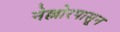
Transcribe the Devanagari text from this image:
नेल्लोरपासून